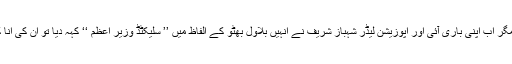
وہ پانچ سال وزیر اعظم نواز شریف پر نت نئے الزام عائد کرتے رہے مگر اب اپنی باری آئی اور اپوزیشن لیڈر شہباز شریف نے انہیں بلاول بھٹو کے الفاظ میں ’’ سلیکٹڈ وزیر اعظم ‘‘ کہہ دیا تو ان کی انا کا انار چٹخ گیا اور انہوں نے قومی اسمبلی کا اجلاس ہی ملتوی کرا دیا ۔